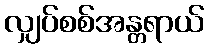
လျှပ်စစ်အန္တရာယ်